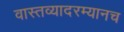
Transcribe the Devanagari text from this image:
वास्तव्यादरम्यानच